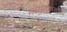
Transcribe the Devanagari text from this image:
मत्स्यविकासच्या